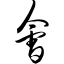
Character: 会